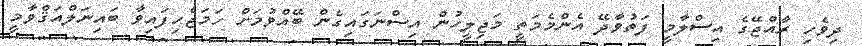
ދިވެހި ރާއްޖޭގެ އިސްލާމީ ފަތުވާދޭ އެންމެމަތީ މަޖިލީހުން އިސްނަގައިގެން ބޭއްވުމަށް ހަމަޖެހިފައިވާ ބައިނަލްއަޤްވާމީ